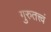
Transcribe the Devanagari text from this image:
गुरुतत्त्वं